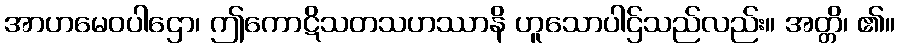
အာဟမေဝပါဌော၊ ဤကောဋိသတသဟဿာနိ ဟူသောပါဌ်သည်လည်း။ အတ္တိ၊ ၏။